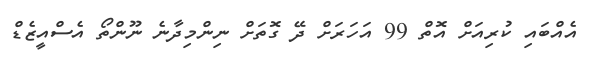
އެއްބައި ކުރިއަށް އޮތް 99 އަހަރަށް ދޭ ގޮތަށް ނިންމިދާނެ ނޫންތޯ އެސްއީޒެޑް